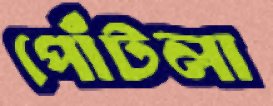
পোঁটলা